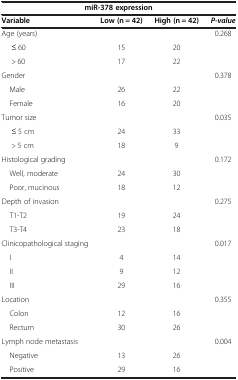
| <COLSPAN=4> miR-378 expression |
 | Variable | Low (n = 42) | High (n = 42) | P-value |
 | --- | --- | --- | --- |
 | Age (years) |  |  | 0.268 |
 | ≤ 60 | 15 | 20 |  |
 | > 60 | 17 | 22 |  |
 | Gender |  |  | 0.378 |
 | Male | 26 | 22 |  |
 | Female | 16 | 20 |  |
 | Tumor size |  |  | 0.035 |
 | ≤ 5 cm | 24 | 33 |  |
 | > 5 cm | 18 | 9 |  |
 | Histological grading |  |  | 0.172 |
 | Well, moderate | 24 | 30 |  |
 | Poor, mucinous | 18 | 12 |  |
 | Depth of invasion |  |  | 0.275 |
 | T1-T2 | 19 | 24 |  |
 | T3-T4 | 23 | 18 |  |
 | Clinicopathological staging |  |  | 0.017 |
 | I | 4 | 14 |  |
 | II | 9 | 12 |  |
 | III | 29 | 16 |  |
 | Location |  |  | 0.355 |
 | Colon | 12 | 16 |  |
 | Rectum | 30 | 26 |  |
 | Lymph node metastasis |  |  | 0.004 |
 | Negative | 13 | 26 |  |
 | Positive | 29 | 16 |  |